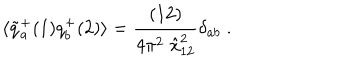
LaTeX: \langle \tilde { q } _ { a } ^ { + } ( 1 ) q _ { b } ^ { + } ( 2 ) \rangle = { \frac { ( 1 2 ) } { 4 \pi ^ { 2 } \; \hat { x } _ { 1 2 } ^ { 2 } } } \delta _ { a b } \; .